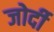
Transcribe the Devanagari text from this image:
जोर्दी